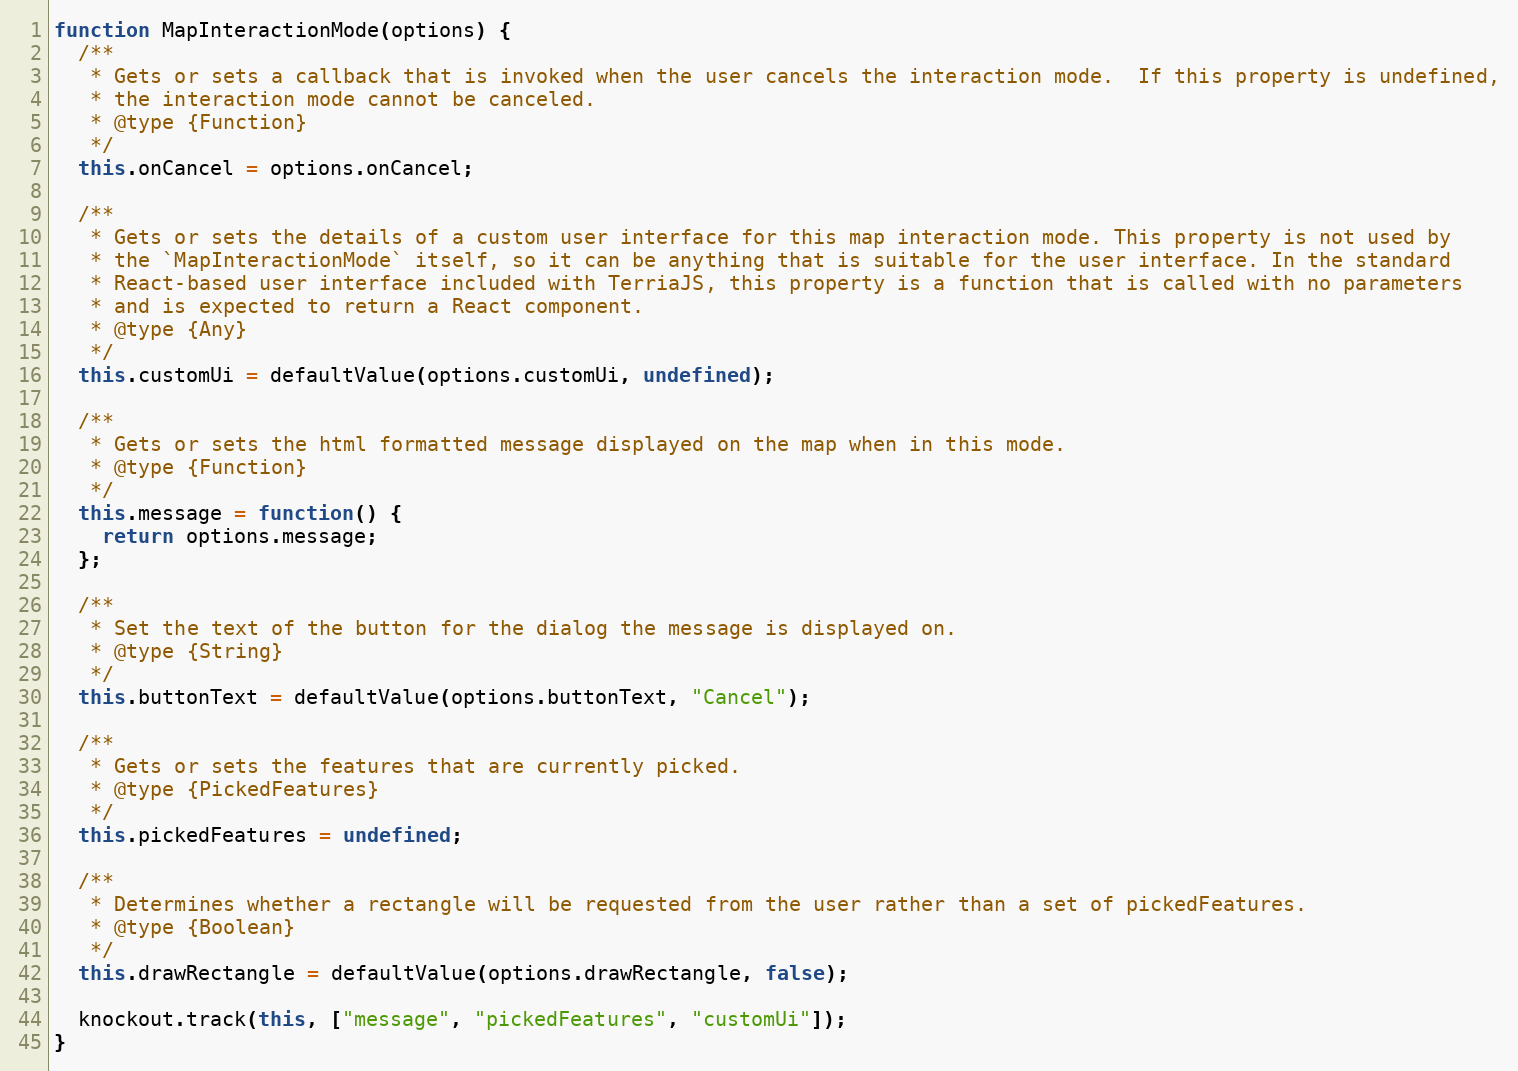
Language: JavaScript
function MapInteractionMode(options) {
  /**
   * Gets or sets a callback that is invoked when the user cancels the interaction mode.  If this property is undefined,
   * the interaction mode cannot be canceled.
   * @type {Function}
   */
  this.onCancel = options.onCancel;

  /**
   * Gets or sets the details of a custom user interface for this map interaction mode. This property is not used by
   * the `MapInteractionMode` itself, so it can be anything that is suitable for the user interface. In the standard
   * React-based user interface included with TerriaJS, this property is a function that is called with no parameters
   * and is expected to return a React component.
   * @type {Any}
   */
  this.customUi = defaultValue(options.customUi, undefined);

  /**
   * Gets or sets the html formatted message displayed on the map when in this mode.
   * @type {Function}
   */
  this.message = function() {
    return options.message;
  };

  /**
   * Set the text of the button for the dialog the message is displayed on.
   * @type {String}
   */
  this.buttonText = defaultValue(options.buttonText, "Cancel");

  /**
   * Gets or sets the features that are currently picked.
   * @type {PickedFeatures}
   */
  this.pickedFeatures = undefined;

  /**
   * Determines whether a rectangle will be requested from the user rather than a set of pickedFeatures.
   * @type {Boolean}
   */
  this.drawRectangle = defaultValue(options.drawRectangle, false);

  knockout.track(this, ["message", "pickedFeatures", "customUi"]);
}